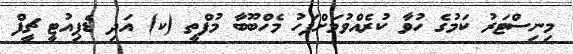
މިނިސްޓަރު ކަމުގެ ހުވާ ކުރެއްވުމަށްފަހު މެހްބޫބާ މުފްތީ (ކ) އަދި ޑެޕިއުޓީ ޗީފް